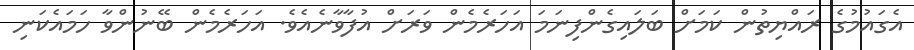
އެގައުމުގެ ރައްޔިތުން ކަމަށް ބަލައިގެންފިނަމަ އަހަރެމެން ވަރަށް އުފާވާނެއެވެ. އަހަރެމެން ބޭނުންވާ ހަމައެކަނި